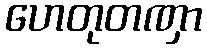
ဟေတုတဏှာ